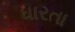
ધારતા